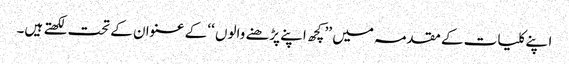
ا پنے کلیات کے مقدمہ میں ’’ کچھ اپنے پڑھنے والوں ‘‘ کے عنوان کے تحت لکھتے ہیں۔